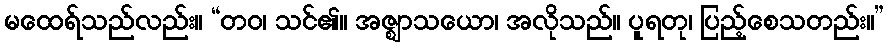
မထေရ်သည်လည်း။ “တဝ၊ သင်၏။ အဇ္ဈာသယော၊ အလိုသည်။ ပူရတု၊ ပြည့်စေသတည်း။”